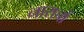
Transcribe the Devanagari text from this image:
नाराचों